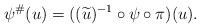
LaTeX: \begin{align*}\psi^\# (u) =( ( \widetilde{u} )^{-1} \circ \psi \circ \pi ) (u).\end{align*}